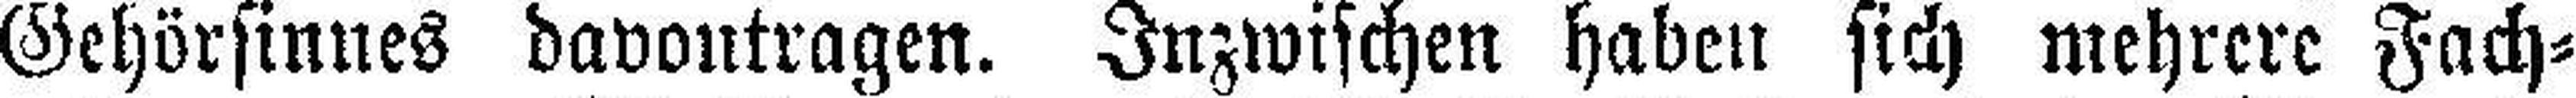
Gehörsinnes davontragen. Inzwischen haben sich mehrere Fach¬